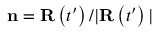
\mathbf { n } = \mathbf { R } \left( t ^ { \prime } \right) / \vert \mathbf { R } \left( t ^ { \prime } \right) \vert